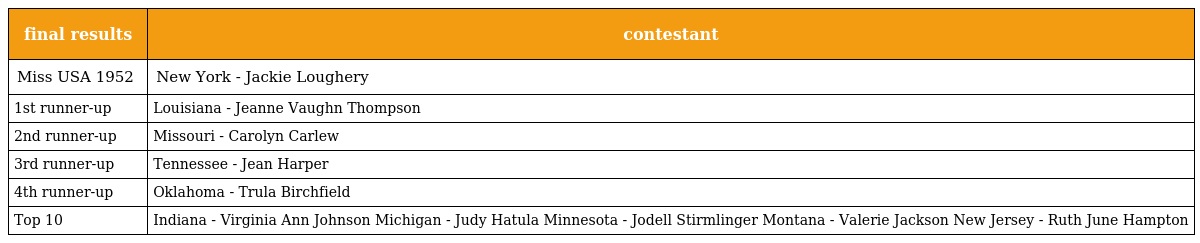
| final results | contestant |
 | --- | --- |
 | Miss USA 1952 | New York - Jackie Loughery |
 | 1st runner-up | Louisiana - Jeanne Vaughn Thompson |
 | 2nd runner-up | Missouri - Carolyn Carlew |
 | 3rd runner-up | Tennessee - Jean Harper |
 | 4th runner-up | Oklahoma - Trula Birchfield |
 | Top 10 | Indiana - Virginia Ann Johnson Michigan - Judy Hatula Minnesota - Jodell Stirmlinger Montana - Valerie Jackson New Jersey - Ruth June Hampton |